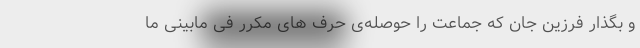
و بگذار فرزین جان که جماعت را حوصله‌ی حرف های مکررِ فی مابینیِ ما